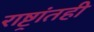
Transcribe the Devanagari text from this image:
राष्ट्रांतही